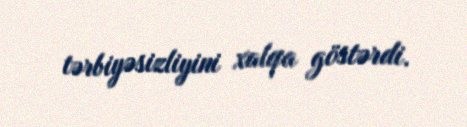
tərbiyəsizliyini xalqa göstərdi.